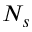
N _ { s }